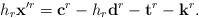
LaTeX: \begin{align*}h_r\mathbf x'^r = \mathbf c^r-h_r\mathbf d^r- \mathbf t^r-\mathbf k^r.\end{align*}